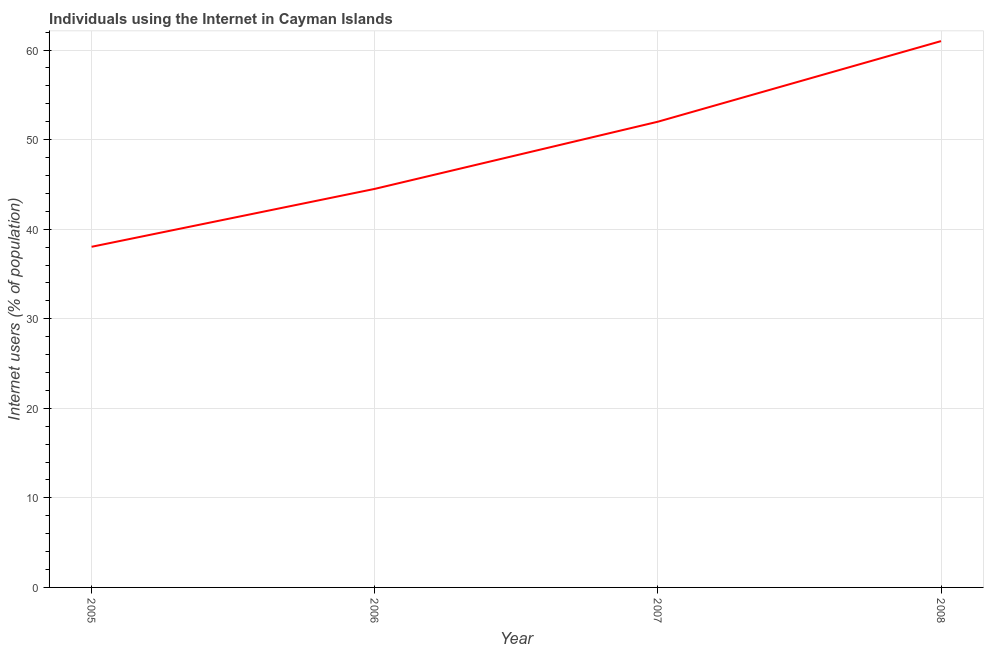
| Year | Internet users |
 | --- | --- |
 | 2005 | 38 |
 | 2006 | 44.5 |
 | 2007 | 52 |
 | 2008 | 61 |